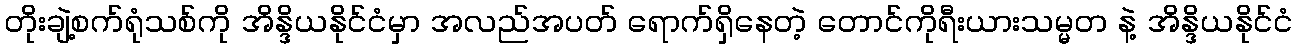
တိုးချဲ့စက်ရုံသစ်ကို အိန္ဒိယနိုင်ငံမှာ အလည်အပတ် ရောက်ရှိနေတဲ့ တောင်ကိုရီးယားသမ္မတ နဲ့ အိန္ဒိယနိုင်ငံ